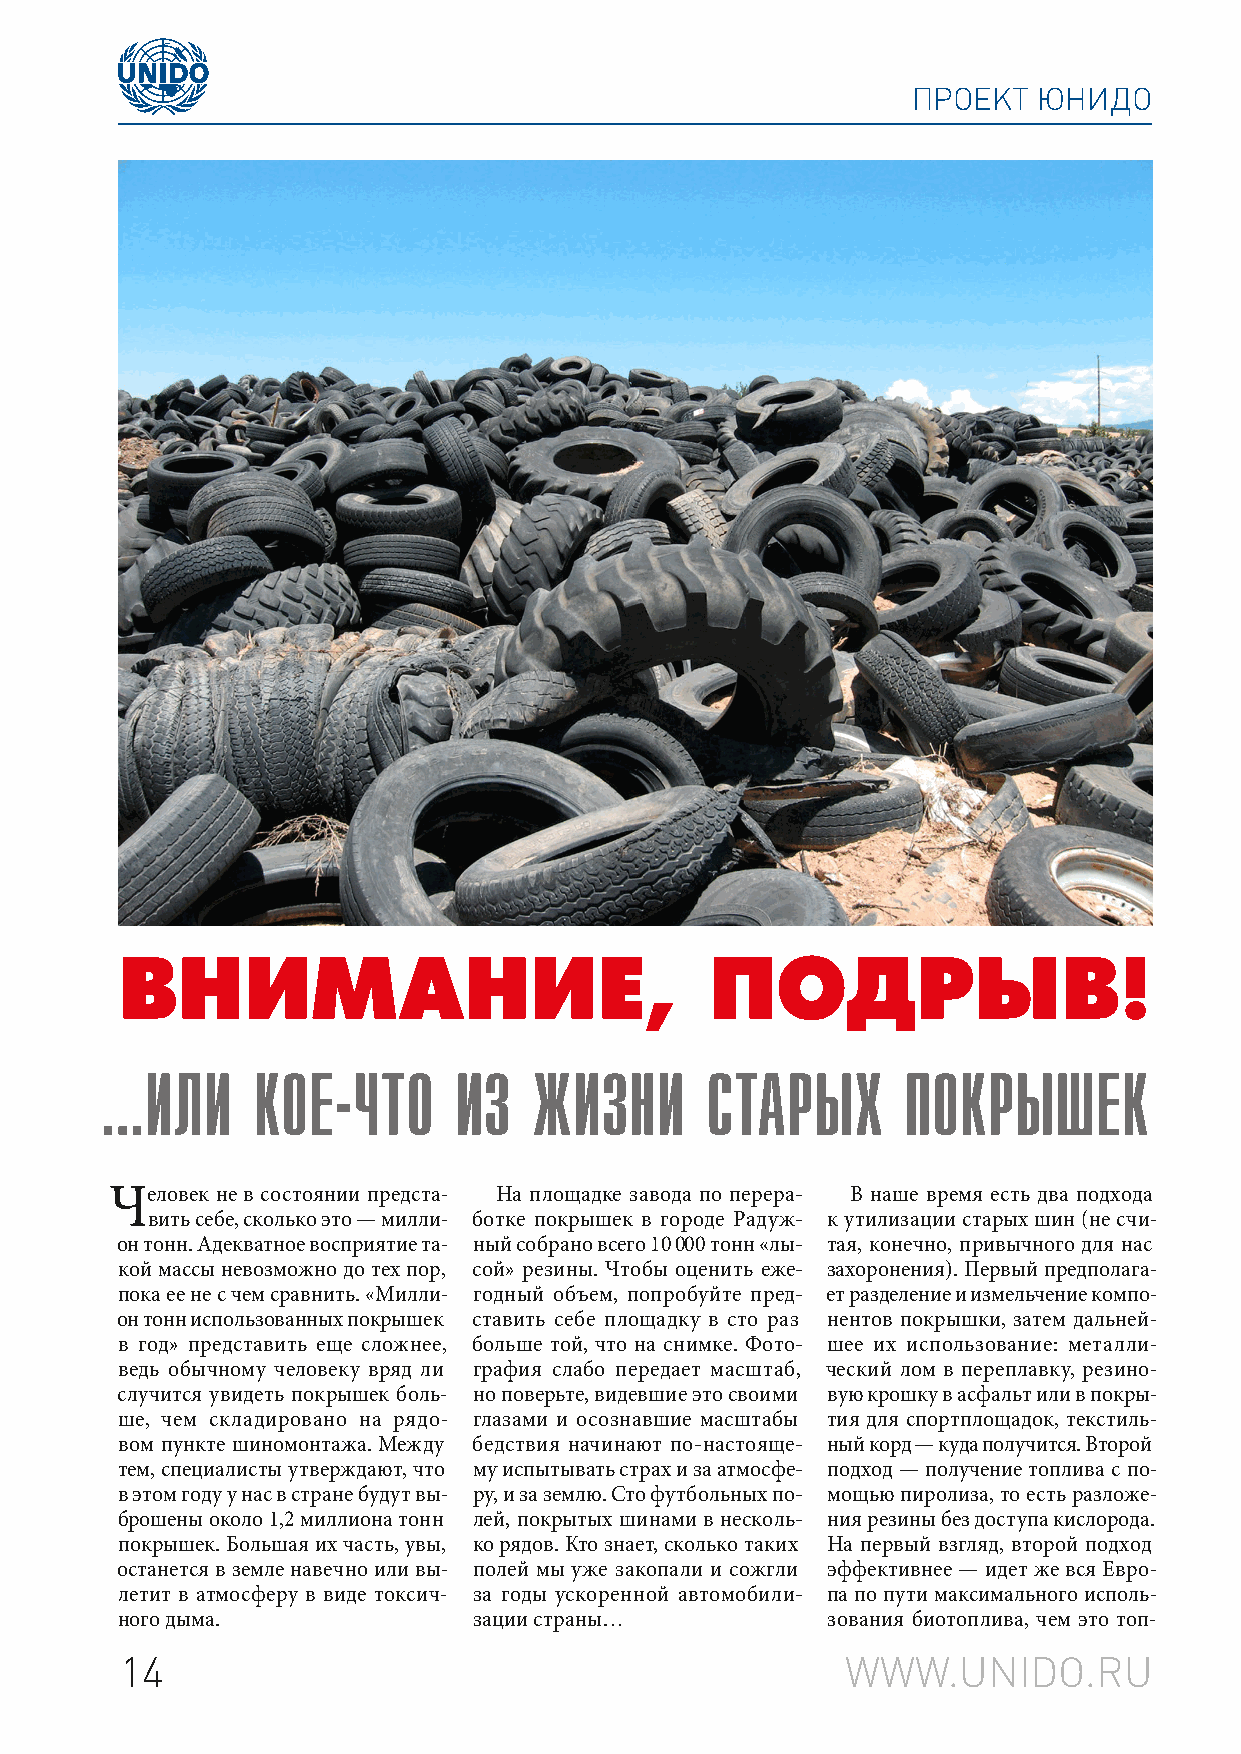
ПРОЕКТ   ЮНИДО
 Внимание,                              подрыВ!
 …или      кое-что      из   жизни       старых       покрышек
 Человек не в состоянии предста- На площадке завода по перера- В наше время есть два подхода
 вить себе, сколько это — милли- ботке покрышек в городе Радуж- к утилизации старых шин (не счи-
 он тонн. Адекватное восприятие та- ный собрано всего 10 000 тонн «лы- тая, конечно, привычного для нас
 кой массы невозможно до тех пор, сой» резины. Чтобы оценить еже- захоронения). Первый предполага-
 пока ее не с чем сравнить. «Милли- годный объем, попробуйте пред- ет разделение и измельчение компо-
 он тонн использованных покрышек ставить себе площадку в сто раз нентов покрышки, затем дальней-
 в год» представить еще сложнее, больше той, что на снимке. Фото- шее их использование: металли-
 ведь обычному человеку вряд ли графия слабо передает масштаб, ческий лом в переплавку, резино-
 случится увидеть покрышек боль- но поверьте, видевшие это своими вую крошку в асфальт или в покры-
 ше, чем складировано на рядо- глазами и осознавшие масштабы тия для спортплощадок, текстиль-
 вом пункте шиномонтажа. Между бедствия начинают по-настояще- ный корд — куда получится. Второй
 тем, специалисты утверждают, что му испытывать страх и за атмосфе- подход — получение топлива с по-
 в этом году у нас в стране будут вы- ру, и за землю. Сто футбольных по- мощью пиролиза, то есть разложе-
 брошены около 1,2 миллиона тонн лей, покрытых шинами в несколь- ния резины без доступа кислорода.
 покрышек. Большая их часть, увы, ко рядов. Кто знает, сколько таких На первый взгляд, второй подход
 останется в земле навечно или вы- полей мы уже закопали и сожгли эффективнее — идет же вся Евро-
 летит в атмосферу в виде токсич- за годы ускоренной автомобили- па по пути максимального исполь-
 ного дыма.             зации страны…           зования биотоплива, чем это топ-
 14                                              WWW.UNIDO.RU